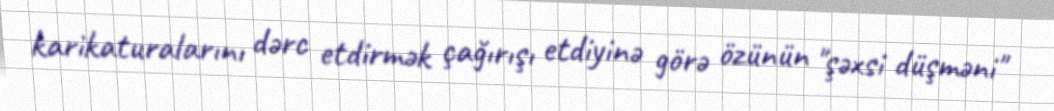
karikaturalarını dərc etdirmək çağırışı etdiyinə görə özünün "şəxsi düşməni"